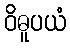
ဝိဓူပယံ